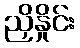
ညှိနှိုင်း